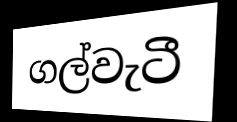
ගල්වැටී